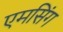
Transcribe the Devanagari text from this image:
एमसिंग